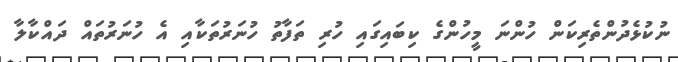
ނުކުޅެދުންތެރިކަން ހުންނަ މީހުންގެ ކިބައިގައި ހުރި ތަފާތު ހުނަރުތަކާއި އެ ހުނަރުތައް ދައްކާލާ